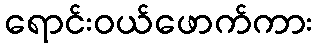
ရောင်းဝယ်ဖောက်ကား